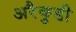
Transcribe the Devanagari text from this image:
अरैकुडी